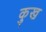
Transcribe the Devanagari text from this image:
कुख